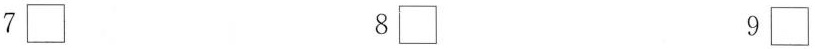
7□ 8□ 9□